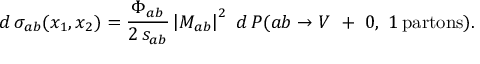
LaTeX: d \, \sigma _ { a b } ( x _ { 1 } , x _ { 2 } ) = \frac { \Phi _ { a b } } { 2 \, s _ { a b } } \left| { \cal M } _ { a b } \right| ^ { 2 } \ d \, P ( a b \to V \ + \ 0 , ~ 1 \, \mathrm { p a r t o n s } ) .